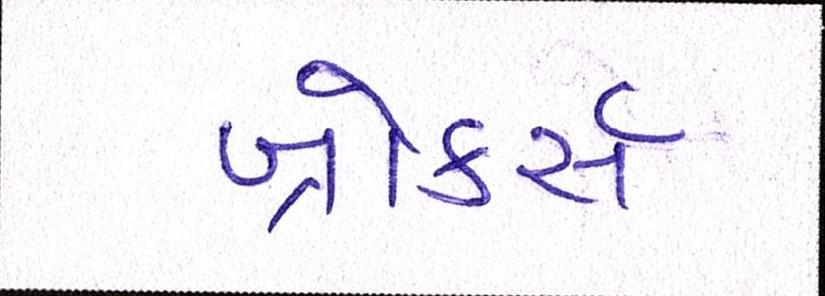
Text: બ્રોકર્સ